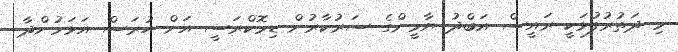
މި ދަތުރުފުޅަކީ ރައީސް އަބްދު ޔާމީންގެ ސަރުކާރުން ޑިމޮކްރަސީ އަށް ހުރަސް އަޅަމުންދާ